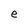
Character: e